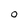
Character: 0